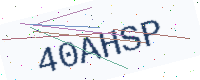
Text: 40AHSP